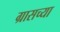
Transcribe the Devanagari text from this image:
ग्रासच्या